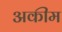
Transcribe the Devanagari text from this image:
अकीम